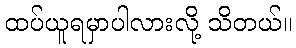
ထပ်ယူရမှာပါလားလို့ သိတယ်။